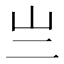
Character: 亗